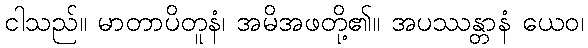
ငါသည်။ မာတာပိတူနံ၊ အမိအဖတို့၏။ အပဿန္တာနံ ယေဝ၊